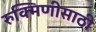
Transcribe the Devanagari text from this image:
रुक्मिणीसाठी